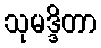
သုမဒ္ဒိတာ